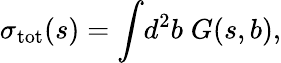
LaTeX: \sigma_{\mathrm{tot}}(s)=\int\! d^{2}b\; G(s,b),